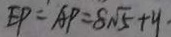
E P = A P = 8 \sqrt { 5 } + y .